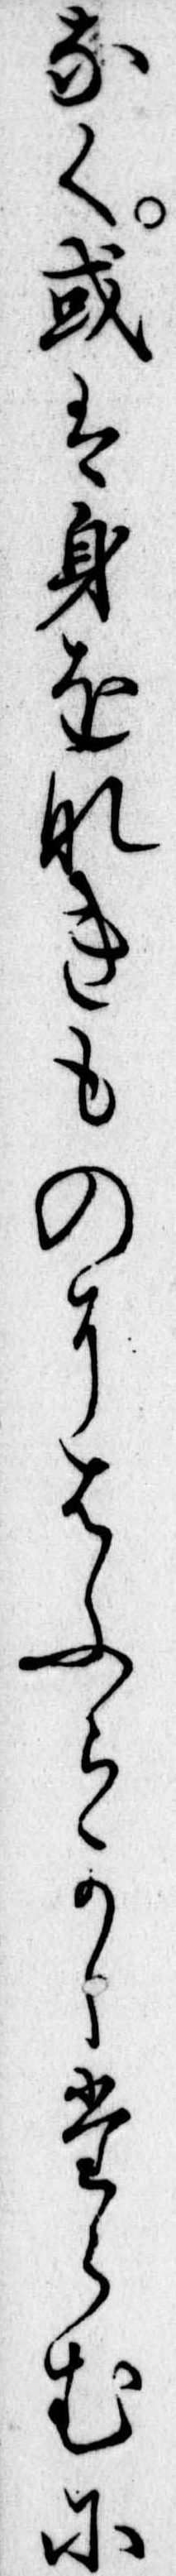
なく或は身をなきものにはふらかしたらむに